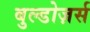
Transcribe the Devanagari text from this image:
बुल्डोज़र्स